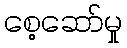
စေ့ဆော်မှု